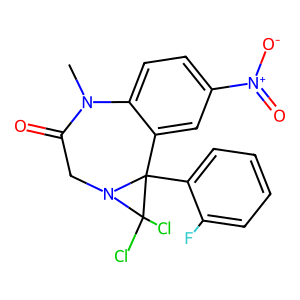
SMILES: CN1C(=O)CN2C(Cl)(Cl)C2(c2ccccc2F)c2cc([N+](=O)[O-])ccc21
Inhibits HIV replication: No